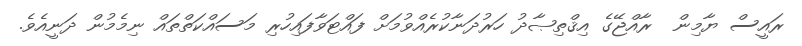
ރައީސް ޔާމިން  ރާއްޖޭގެ އިޤްތިޞާދު ހަރުދަނާކުރެއްވުމަށް ފައްޓަވާފައިހުރި މަސައްކަތްތައް ނިމެމުން ދަނީއެވެ.